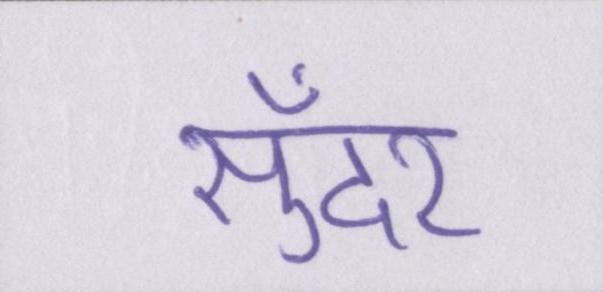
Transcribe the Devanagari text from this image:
सुँदर